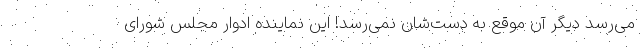
می‌رسد دیگر آن موقع به دست‌شان نمی‌رسد! این نماینده ادوار مجلس شورای